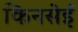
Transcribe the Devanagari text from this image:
किनसेई